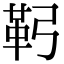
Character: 䩑